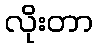
လိုးတာ